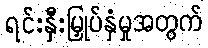
ရင်းနှီးမြှုပ်နှံမှုအတွက်